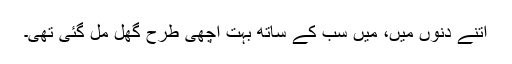
اتنے دنوں میں، میں سب کے ساتھ بہت اچھی طرح گھل مل گئی تھی۔